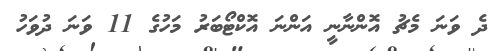
ދެ ވަނަ މެޗު އޮންނާނީ އަންނަ އޮކްޓޯބަރު މަހުގެ 11 ވަނަ ދުވަހު